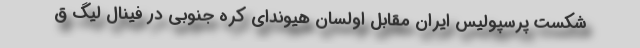
شکست پرسپولیس ایران مقابل اولسان هیوندای کره جنوبی در فینال لیگ ق